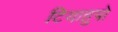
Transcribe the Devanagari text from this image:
टियाहुपो